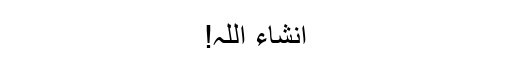
انشاء اللہ!